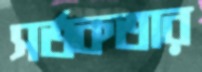
সর্তকতার